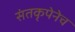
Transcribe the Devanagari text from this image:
संतकृपेनेच